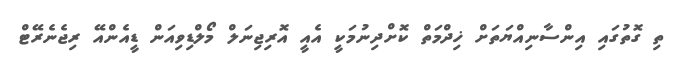
ތި ގޮތުގައި އިންސާނިއްޔަތަށް ޚިދްމަތް ކޮށްދިނުމަކީ އެއީ އޮރިޖިނަލް މޯލްޑިވިއަން ޑީއެންއޭ ރިޖެނެރޭޓް